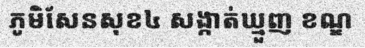
ភូមិសែនសុខ៤ សង្កាត់ឃ្មួញ ខណ្ឌ